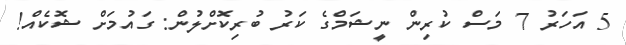
5 އަހަރު 7 މަސް ކުރިން ނީޝަމްގެ ކަރު ބުރިކޮށްލުން: ގައުމަށް ޝޮކެއް!